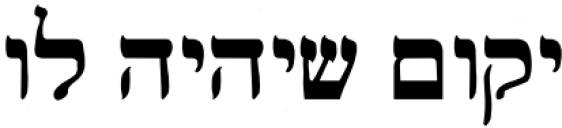
יקום שיהיה לו